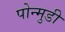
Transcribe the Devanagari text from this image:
पोन्मुडी